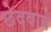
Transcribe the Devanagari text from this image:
छेदवाये